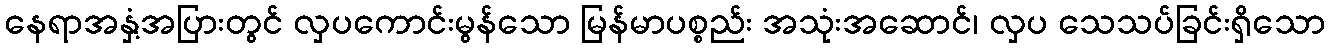
နေရာအနှံ့အပြားတွင် လှပကောင်းမွန်သော မြန်မာပစ္စည်း အသုံးအဆောင်၊ လှပ သေသပ်ခြင်းရှိသော